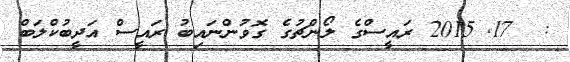
:  17